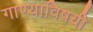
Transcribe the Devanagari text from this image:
गाण्याविषयी